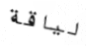
لياقة